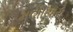
મણીયારો